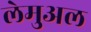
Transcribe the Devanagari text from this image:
लेमुअल